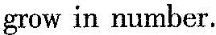
grow in number.